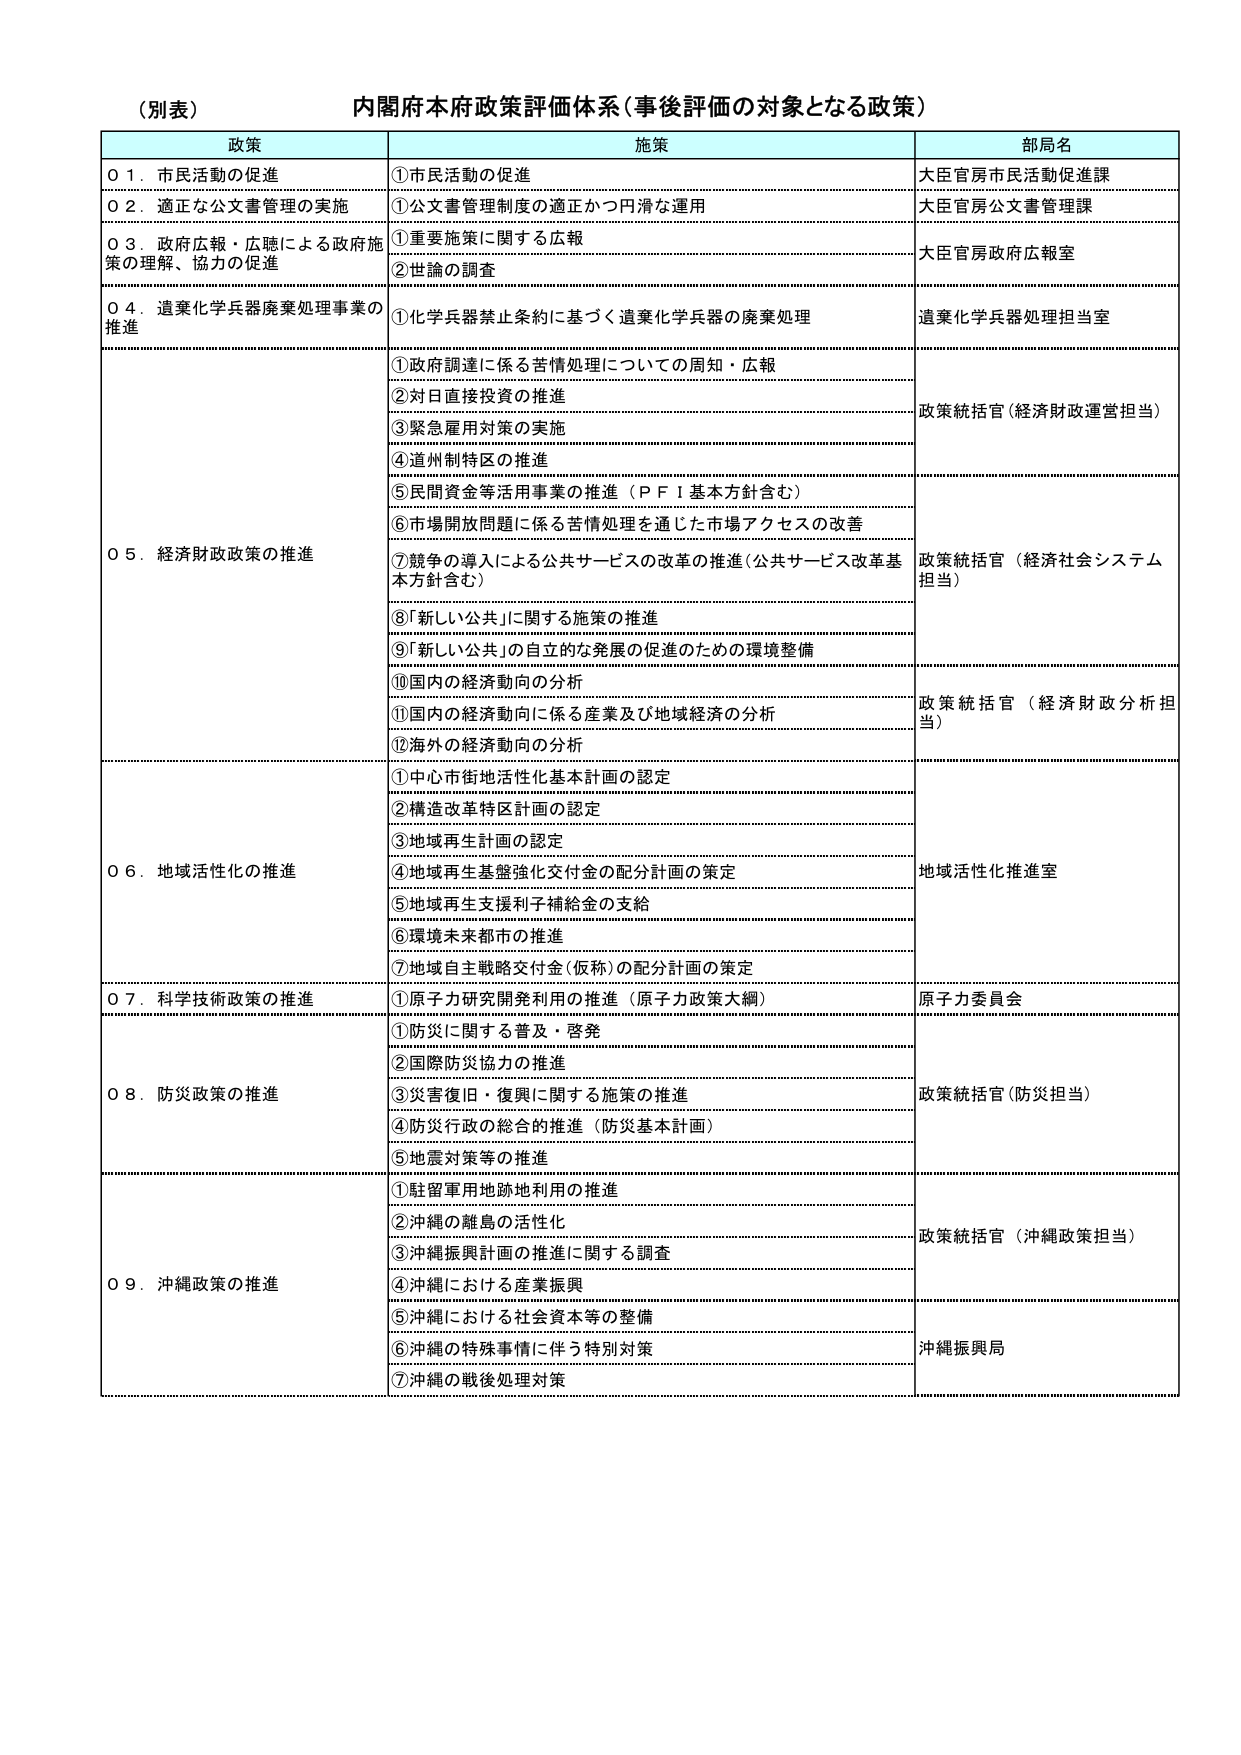
（別表）
内閣府本府政策評価体系（事後評価の対象となる政策）

政策